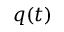
q ( t )